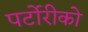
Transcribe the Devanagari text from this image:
पर्टोरीको